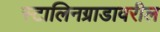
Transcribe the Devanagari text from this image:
स्टालिनग्राडावरील